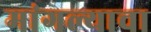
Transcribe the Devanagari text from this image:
मांगल्याचा